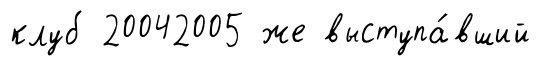
клуб 20042005 же выступа́вший